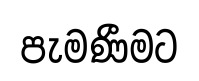
පැමණීමට